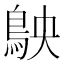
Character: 𬷅